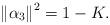
LaTeX: \begin{align*}\left\Vert \alpha_{3}\right\Vert^2=1-K.\end{align*}